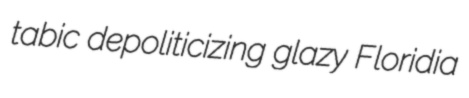
tabic depoliticizing glazy Floridia